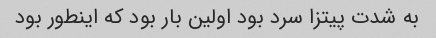
به شدت پیتزا سرد بود اولین بار بود که اینطور بود